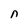
Character: n